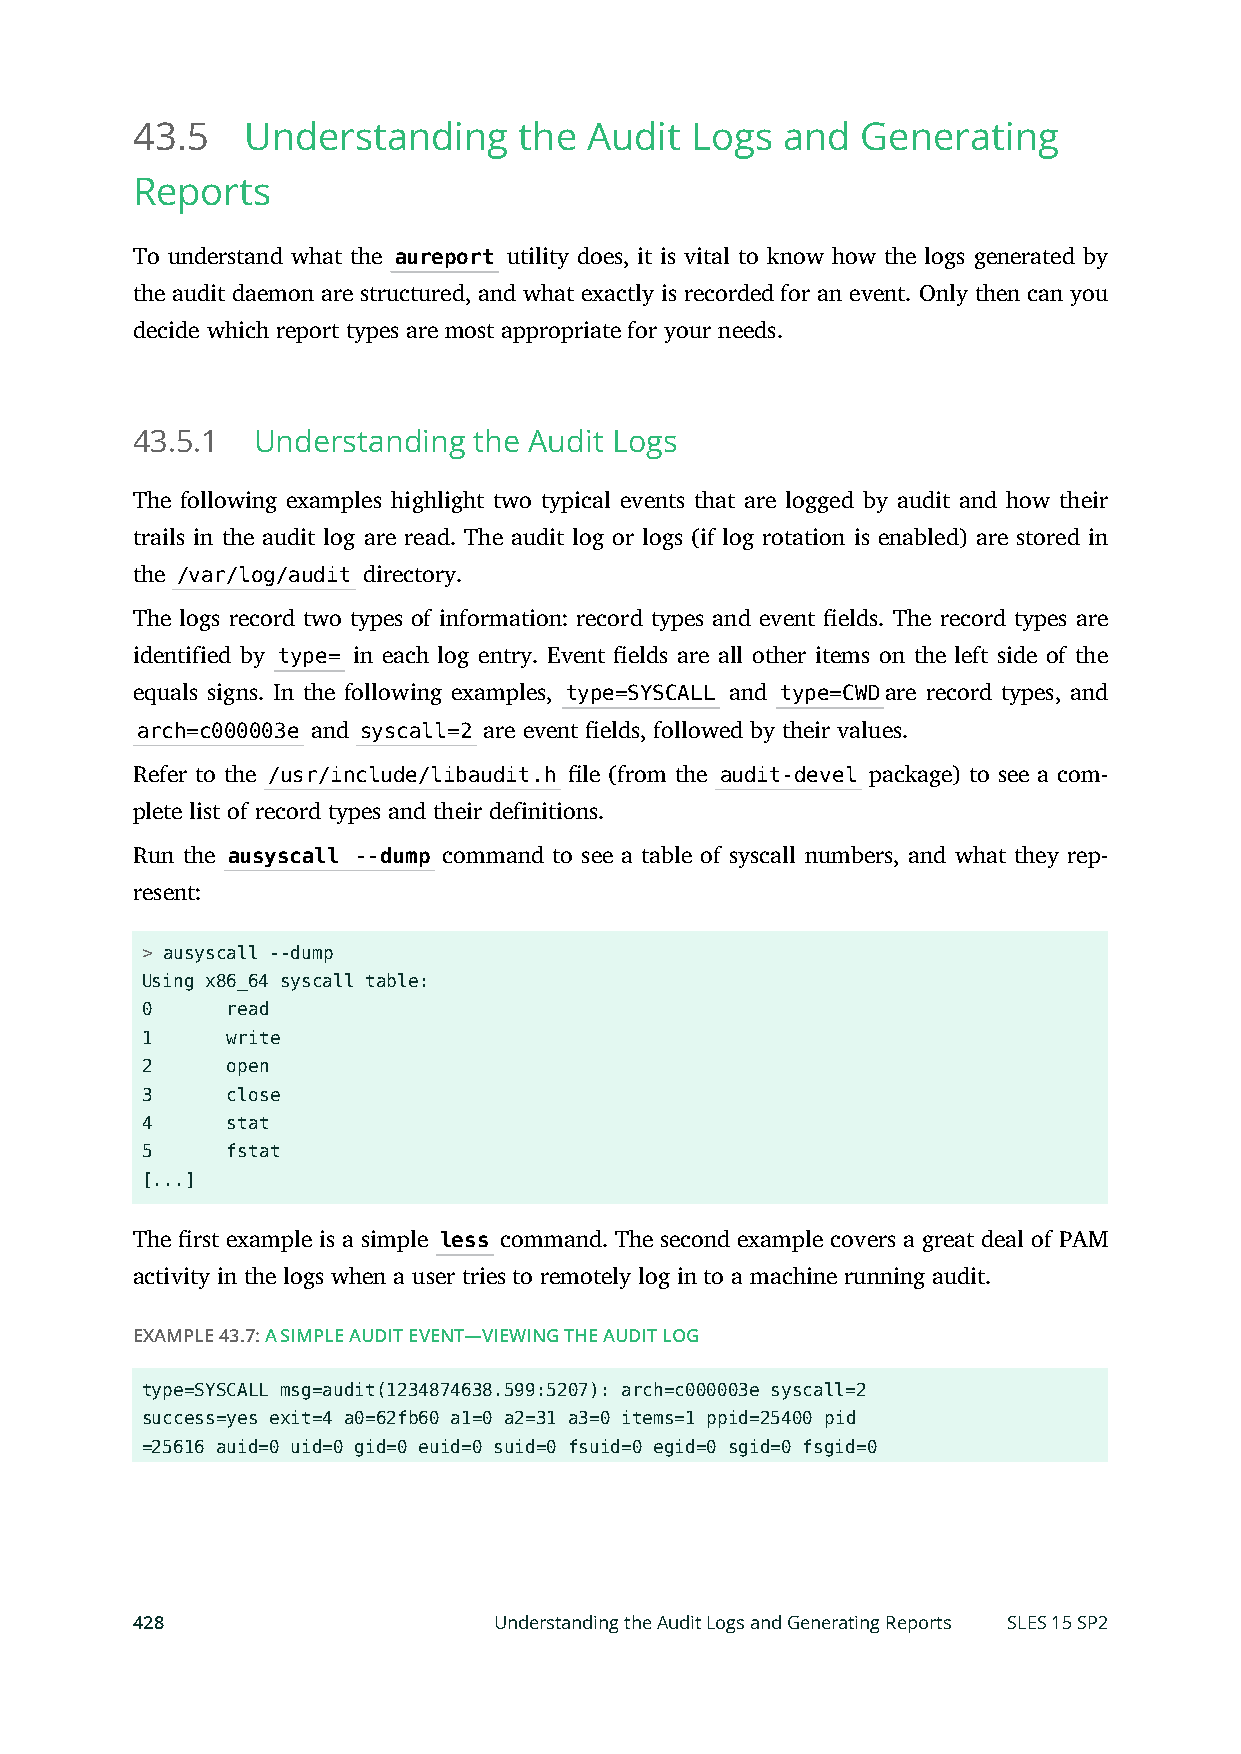
43.5   Understanding     the  Audit  Logs  and  Generating
 Reports
 To understand what the aureport utility does, it is vital to know how the logs generated by
 the audit daemon are structured, and what exactly is recorded for an event. Only then can you
 decide which report types are most appropriate for your needs.
 43.5.1  Understanding the Audit Logs
 The following examples highlight two typical events that are logged by audit and how their
 trails in the audit log are read. The audit log or logs (if log rotation is enabled) are stored in
 the /var/log/audit directory.
 The logs record two types of information: record types and event elds. The record types are
 identified by type= in each log entry. Event elds are all other items on the left side of the
 equals signs. In the following examples, type=SYSCALL and type=CWDare record types, and
 arch=c000003e and syscall=2 are event elds, followed by their values.
 Refer to the /usr/include/libaudit.h le (from the audit-devel package) to see a com-
 plete list of record types and their definitions.
 Run the ausyscall --dump command to see a table of syscall numbers, and what they rep-
 resent:
 > ausyscall --dump
 Using x86_64 syscall table:
 0     read
 1     write
 2     open
 3     close
 4     stat
 5     fstat
 [...]
 The rst example is a simple less command. The second example covers a great deal of PAM
 activity in the logs when a user tries to remotely log in to a machine running audit.
 EXAMPLE 43.7: A SIMPLE AUDIT EVENT—VIEWING THE AUDIT LOG
 type=SYSCALL msg=audit(1234874638.599:5207): arch=c000003e syscall=2
 success=yes exit=4 a0=62fb60 a1=0 a2=31 a3=0 items=1 ppid=25400 pid
 =25616 auid=0 uid=0 gid=0 euid=0 suid=0 fsuid=0 egid=0 sgid=0 fsgid=0
 428                     Understanding the Audit Logs and Generating Reports SLES 15 SP2